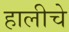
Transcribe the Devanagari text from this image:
हालीचे